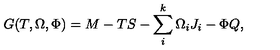
G ( T , \Omega , \Phi ) = M - T S - \sum _ { i } ^ { k } \Omega _ { i } J _ { i } - \Phi Q ,